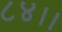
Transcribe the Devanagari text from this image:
८४।।